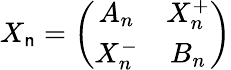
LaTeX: X_{\mathsf{n}}=\left(\begin{array}{cc}{{A_{n}}}&{{X_{n}^{+}}}\\ {{X_{n}^{-}}}&{{B_{n}}}\end{array}\right)